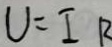
U = I R